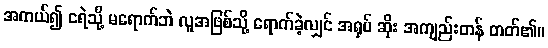
အကယ်၍ ငရဲသို့ မရောက်ဘဲ လူအဖြစ်သို့ ရောက်ခဲ့လျှင် အရုပ် ဆိုး အကျည်းတန် တတ်၏။